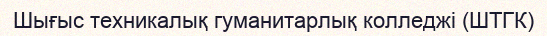
Шығыс техникалық гуманитарлық колледжі (ШТГК)